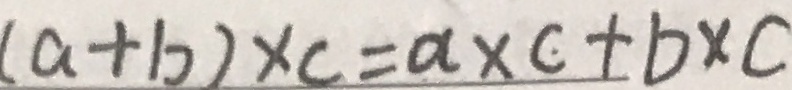
( a + b ) \times c = a \times c + b \times c